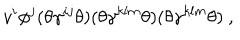
v ^ { i } \phi ^ { j } ( \theta \gamma ^ { i j } \theta ) ( \theta \gamma ^ { k l m } \theta ) ( \theta \gamma ^ { k l m } \theta ) ~ ,